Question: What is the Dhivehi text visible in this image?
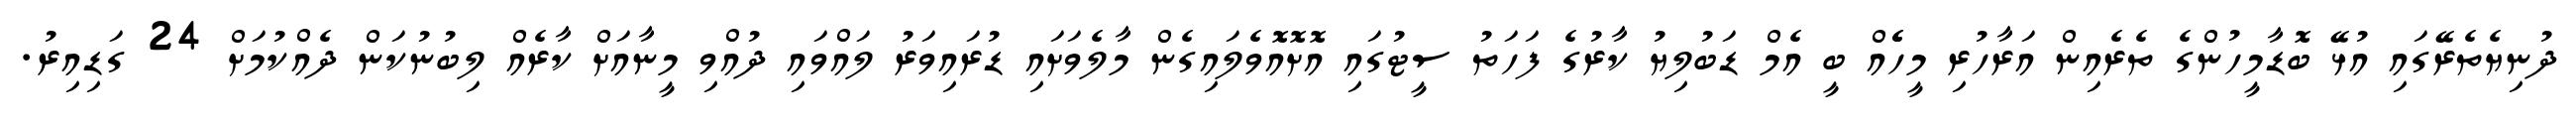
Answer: ދުނިޔެތެރޭގައި އުޅޭ ބޮޑާމީހުންގެ ތެރެއިން އަރާހުރި މީހެެއް ބީ އެމް ޑަބުލިޔު ކާރުގެ ފަހަތު ސީޓުގައި އޮށޮއޮވެލައިގެން މާލެވަށައި ޑުރައިވަރު ލައްވައި ދުއްވި މީނާއަށް ކާރެއް ލިބުނުކަން ދެއްކުމަށް 24 ގަޑިއިރު.